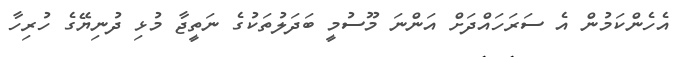
އެހެންކަމުން އެ ސަރަހައްދަށް އަންނަ މޫސުމީ ބަދަލުތަކުގެ ނަތީޖާ މުޅި ދުނިޔޭގެ ހުރިހާ